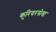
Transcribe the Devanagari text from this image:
कुरियरसेवा